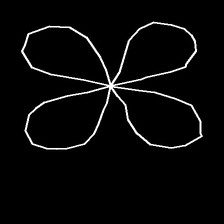
Glyph: billowing